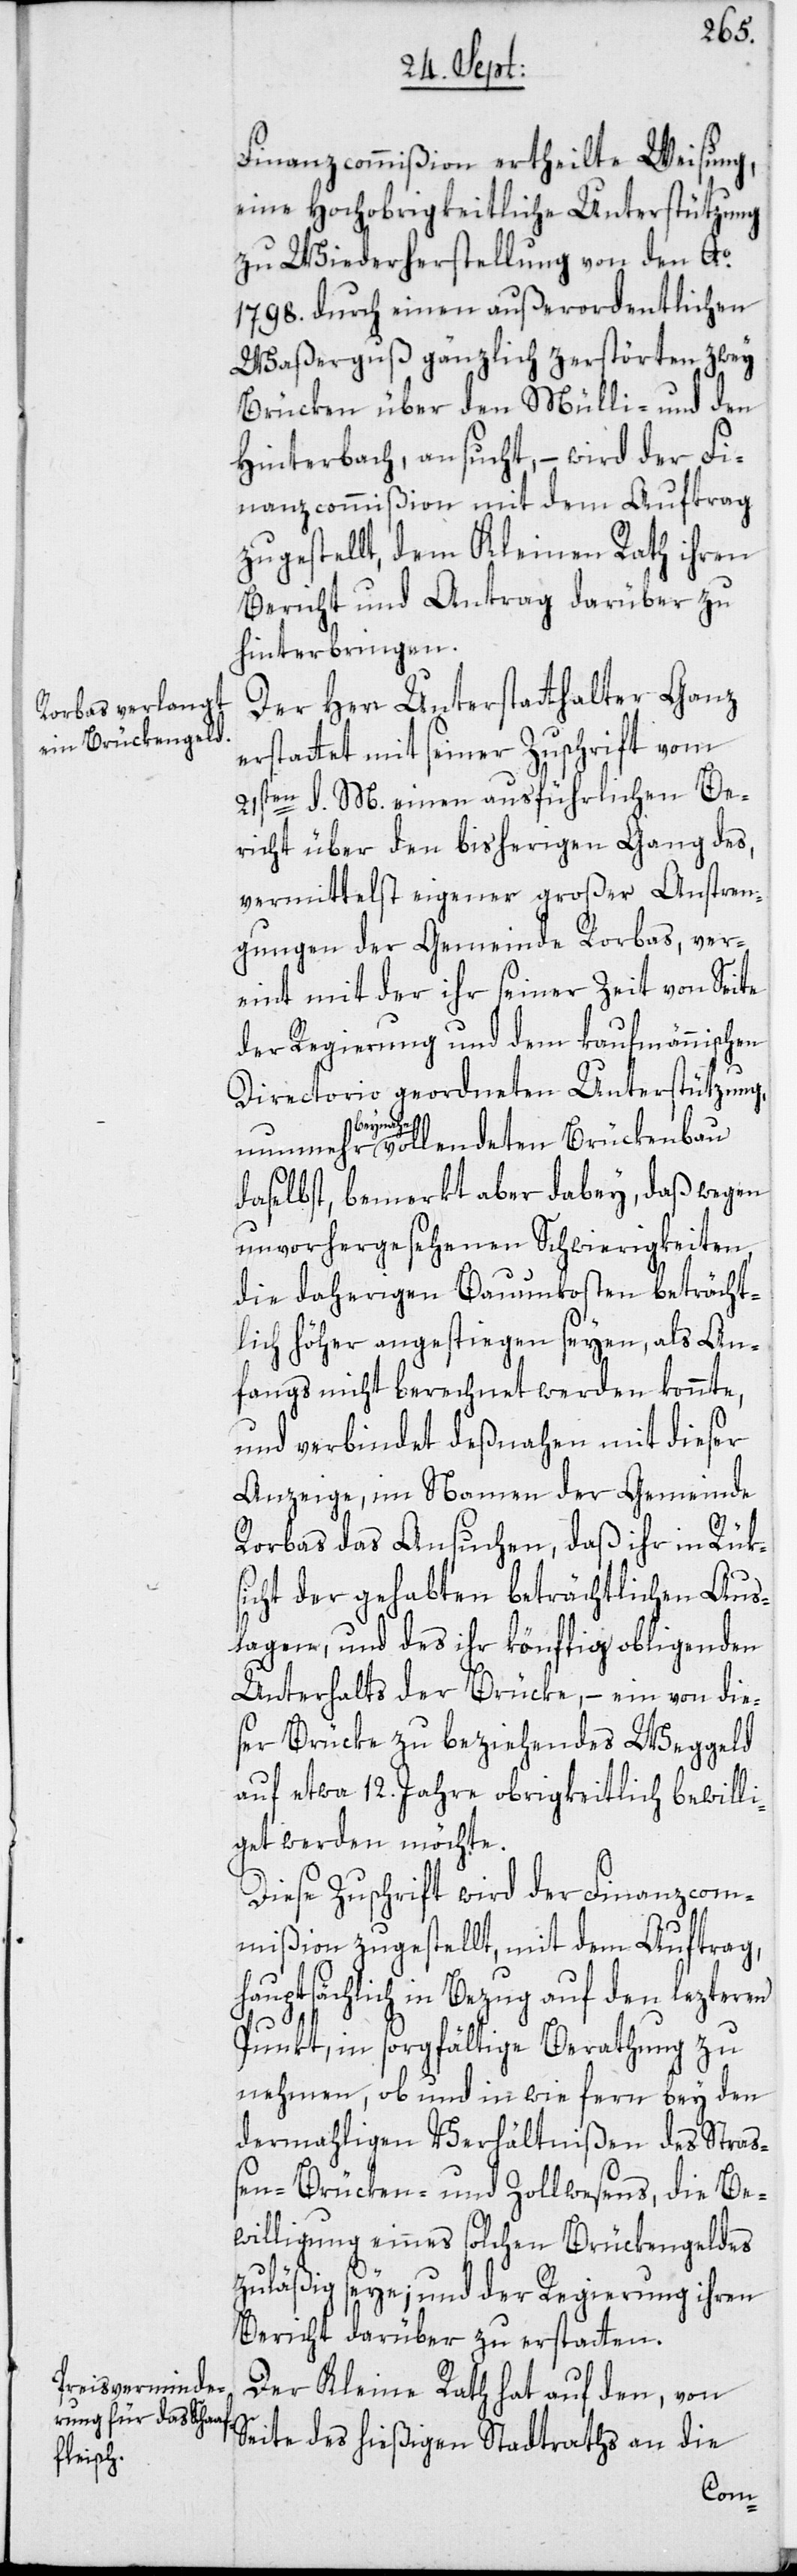
Finanzcommißion ertheilte Weisung,
eine Hochobrigkeitliche Unterstützung
zu Wiederherstellung von den Ao
1798. durch einen außerordentlichen
Waßerguß gänzlich zerstörten, zwey
Brücken über den Mülli- und den
Hinterbach, ansucht, – wird der Fi¬
nanzcommißion mit dem Auftrag
zugestellt, dem Kleinen Rath ihren
Bericht und Antrag darüber zu
hinterbringen.
Der Herr Unterstatthalter Ganz
erstattet mit seiner Zuschrift vom
21sten d. M. einen ausführlichen Be¬
richt über den bisherigen Gang des,
vermittelst eigener großer Anstren¬
gungen der Gemeinde Rorbas, ver¬
eint mit der ihr seiner Zeit von Seite
der Regierung und dem kaufmännischen
Directorio geordneten Unterstützung,
nunmehr bey¬
nahe vollendetem Brückenbau
daselbst, bemerkt aber dabey, daß wegen
unvorhergesehenen Schwierigkeiten,
die daherigen Bauunkosten beträcht¬
lich höher angestiegen seyen, als An¬
fangs nicht berechnet werden konnte,
und verbindet deßnahen mit dieser
Anzeige, im Namen der Gemeinde
Rorbas das Ansuchen, daß ihr in Rüks¬
icht der gehabten beträchtlichen Aus¬
lagen, und des ihr könftig obligenden
Unterhalts der Brücke, – ein von die¬
ser Brücke zu beziehendes Weggeld
auf etwa 12. Jahre obrigkeitlich bewilli¬
get werden möchte.
Diese Zuschrift wird der Finanzcom¬
mißion zugestellt, mit dem Auftrag,
hauptsächlich in Bezug auf den lezteren
Punkt, in sorgfältige Berathung zu
nehmen, ob und in wie fern bey den
dermahligen Verhältnißen des Straße¬
n-[,] Brücken- und Zollwesens, die Be¬
willigung eines solchen Brückengeldes
zuläßig seye; und der Regierung ihren
Bericht darüber zu erstatten.
Der Kleine Rath hat auf den, von
Seite des hießigen Stadtraths an die